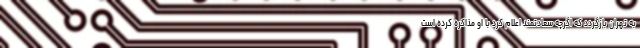
به تهران بازگردد که اگرچه سعادتمند اعلام کرد با او مذاکره کرده است